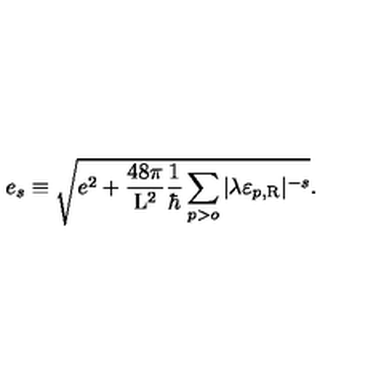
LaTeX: e _ { s } \equiv \sqrt { e ^ { 2 } + \frac { 4 8 \pi } { \mathrm { L } ^ { 2 } } \frac { 1 } { \hbar } \sum _ { p > o } | \lambda \varepsilon _ { p , \mathrm { R } } | ^ { - s } } .